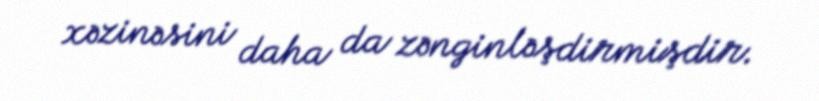
xəzinəsini daha da zənginləşdirmişdir.